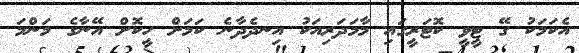
އެކަމަކު ގޭ ޓީވީ ކޮޓަރީގައި މާމަދަރިއަކު އިނދެދާނެ ކަމަށް ހީކޮށް އޭނާގެ މަންމަ